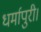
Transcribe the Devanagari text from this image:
धर्मापुरी।